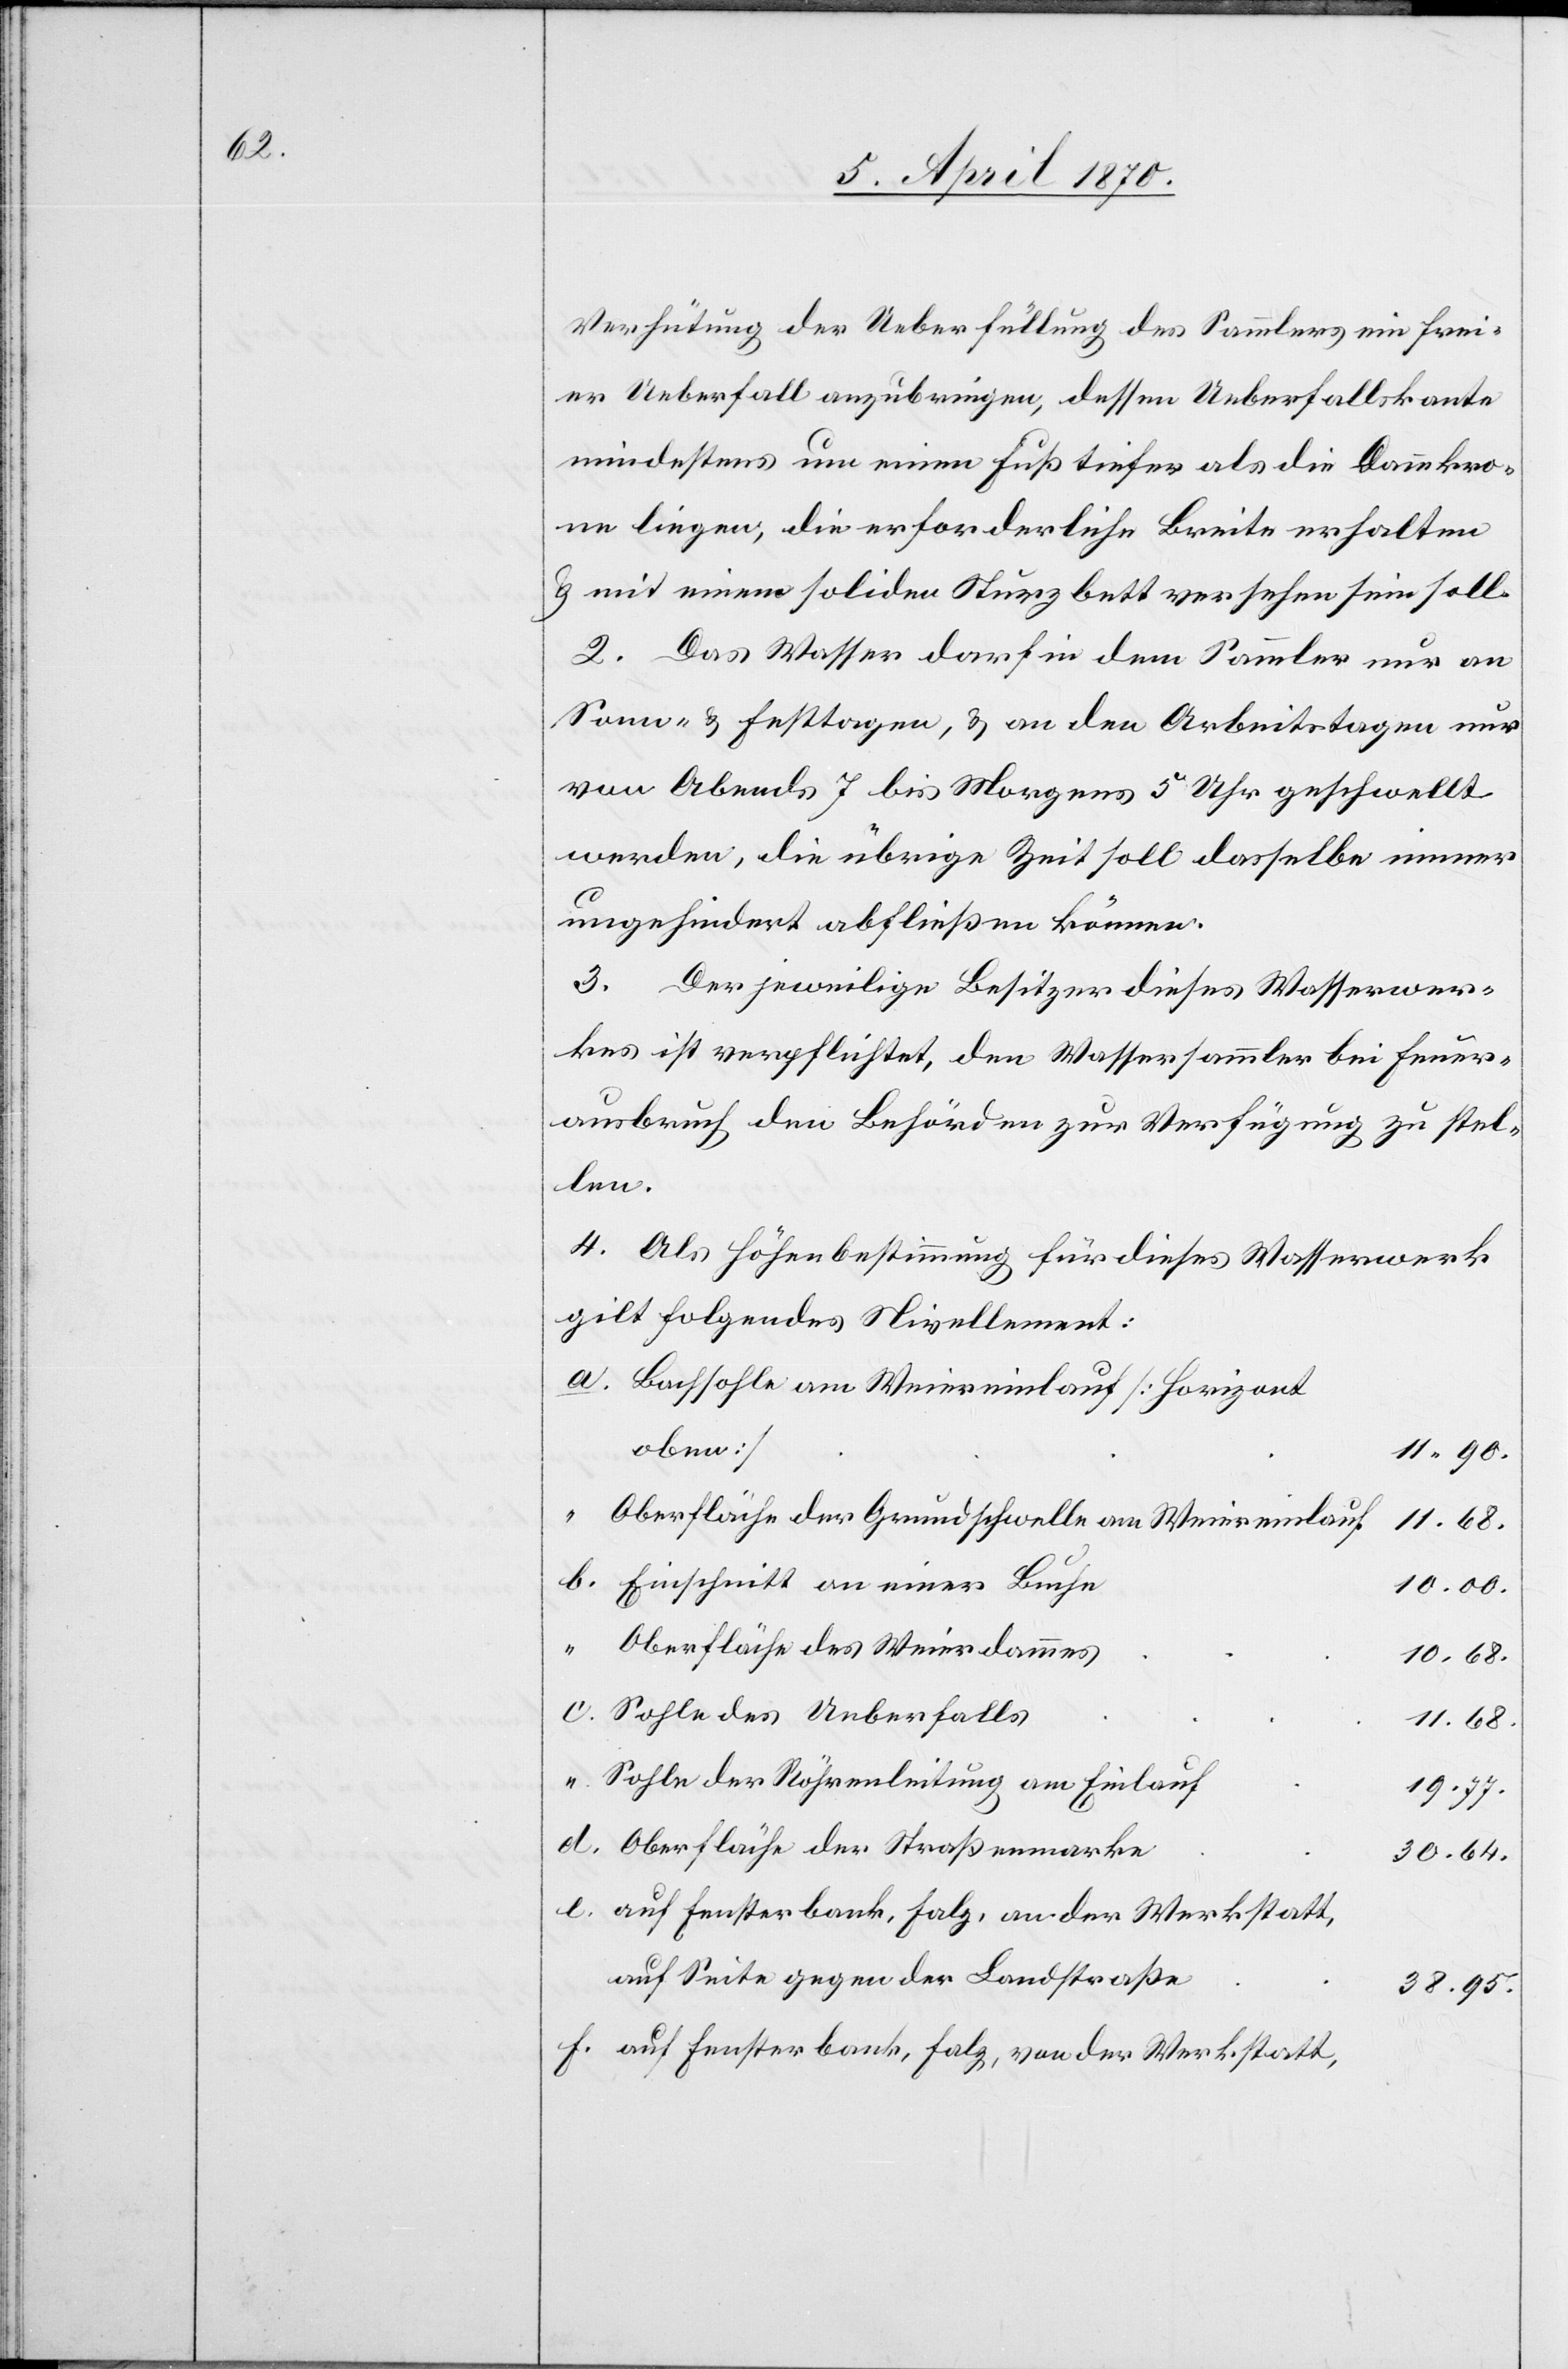
Verhütung der Ueberfüllung des Sammlers ein frei¬
er Ueberfall anzubringen, dessen Ueberfallskante
mindestens um einen Fuß tiefer als die Dammkro¬
ne liegen, die erforderliche Breite erhalten
& mit einem soliden Sturzbett versehen sein soll.
2. Das Wasser darf in dem Sammler nur an
Sonn- & Festtagen, & an den Arbeitstagen nur
von Abends 7 bis Morgens 5 Uhr geschwellt
werden, die übrige Zeit soll dasselbe immer
ungehindert abfließen können.
3. Der jeweilige Besitzer dieses Wasserwer¬
kes ist verpflichtet, den Wassersammler bei Feuer¬
ausbruch den Behörden zur Verfügung zu stel¬
len.
4. Als Höhenbestimmung für dieses Wasserwerk
gilt folgendes Nivellement:
Bachsohle am Weiereinlauf [Horizont
oben]
11.90.
Oberfläche der Grundschwelle am Weiereinlauf
11.68.
Einschnitt an einer Buche
10.00.
Oberfläche des Weierdammes
10.68.
Sohle des Ueberfalls
11.68.
Sohle der Röhrenleitung am Einlauf
19.77.
Oberfläche der Straßenmarke
30.64.
auf Fensterbank, Falz, an der Werkstatt,
auf Seite gegen der Landstraße
38.95.
auf Fensterbank, Falz, von der Werkstatt,